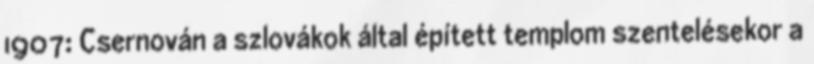
1907: Csernován a szlovákok által épített templom szentelésekor a